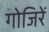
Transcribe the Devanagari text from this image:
गोजिरें